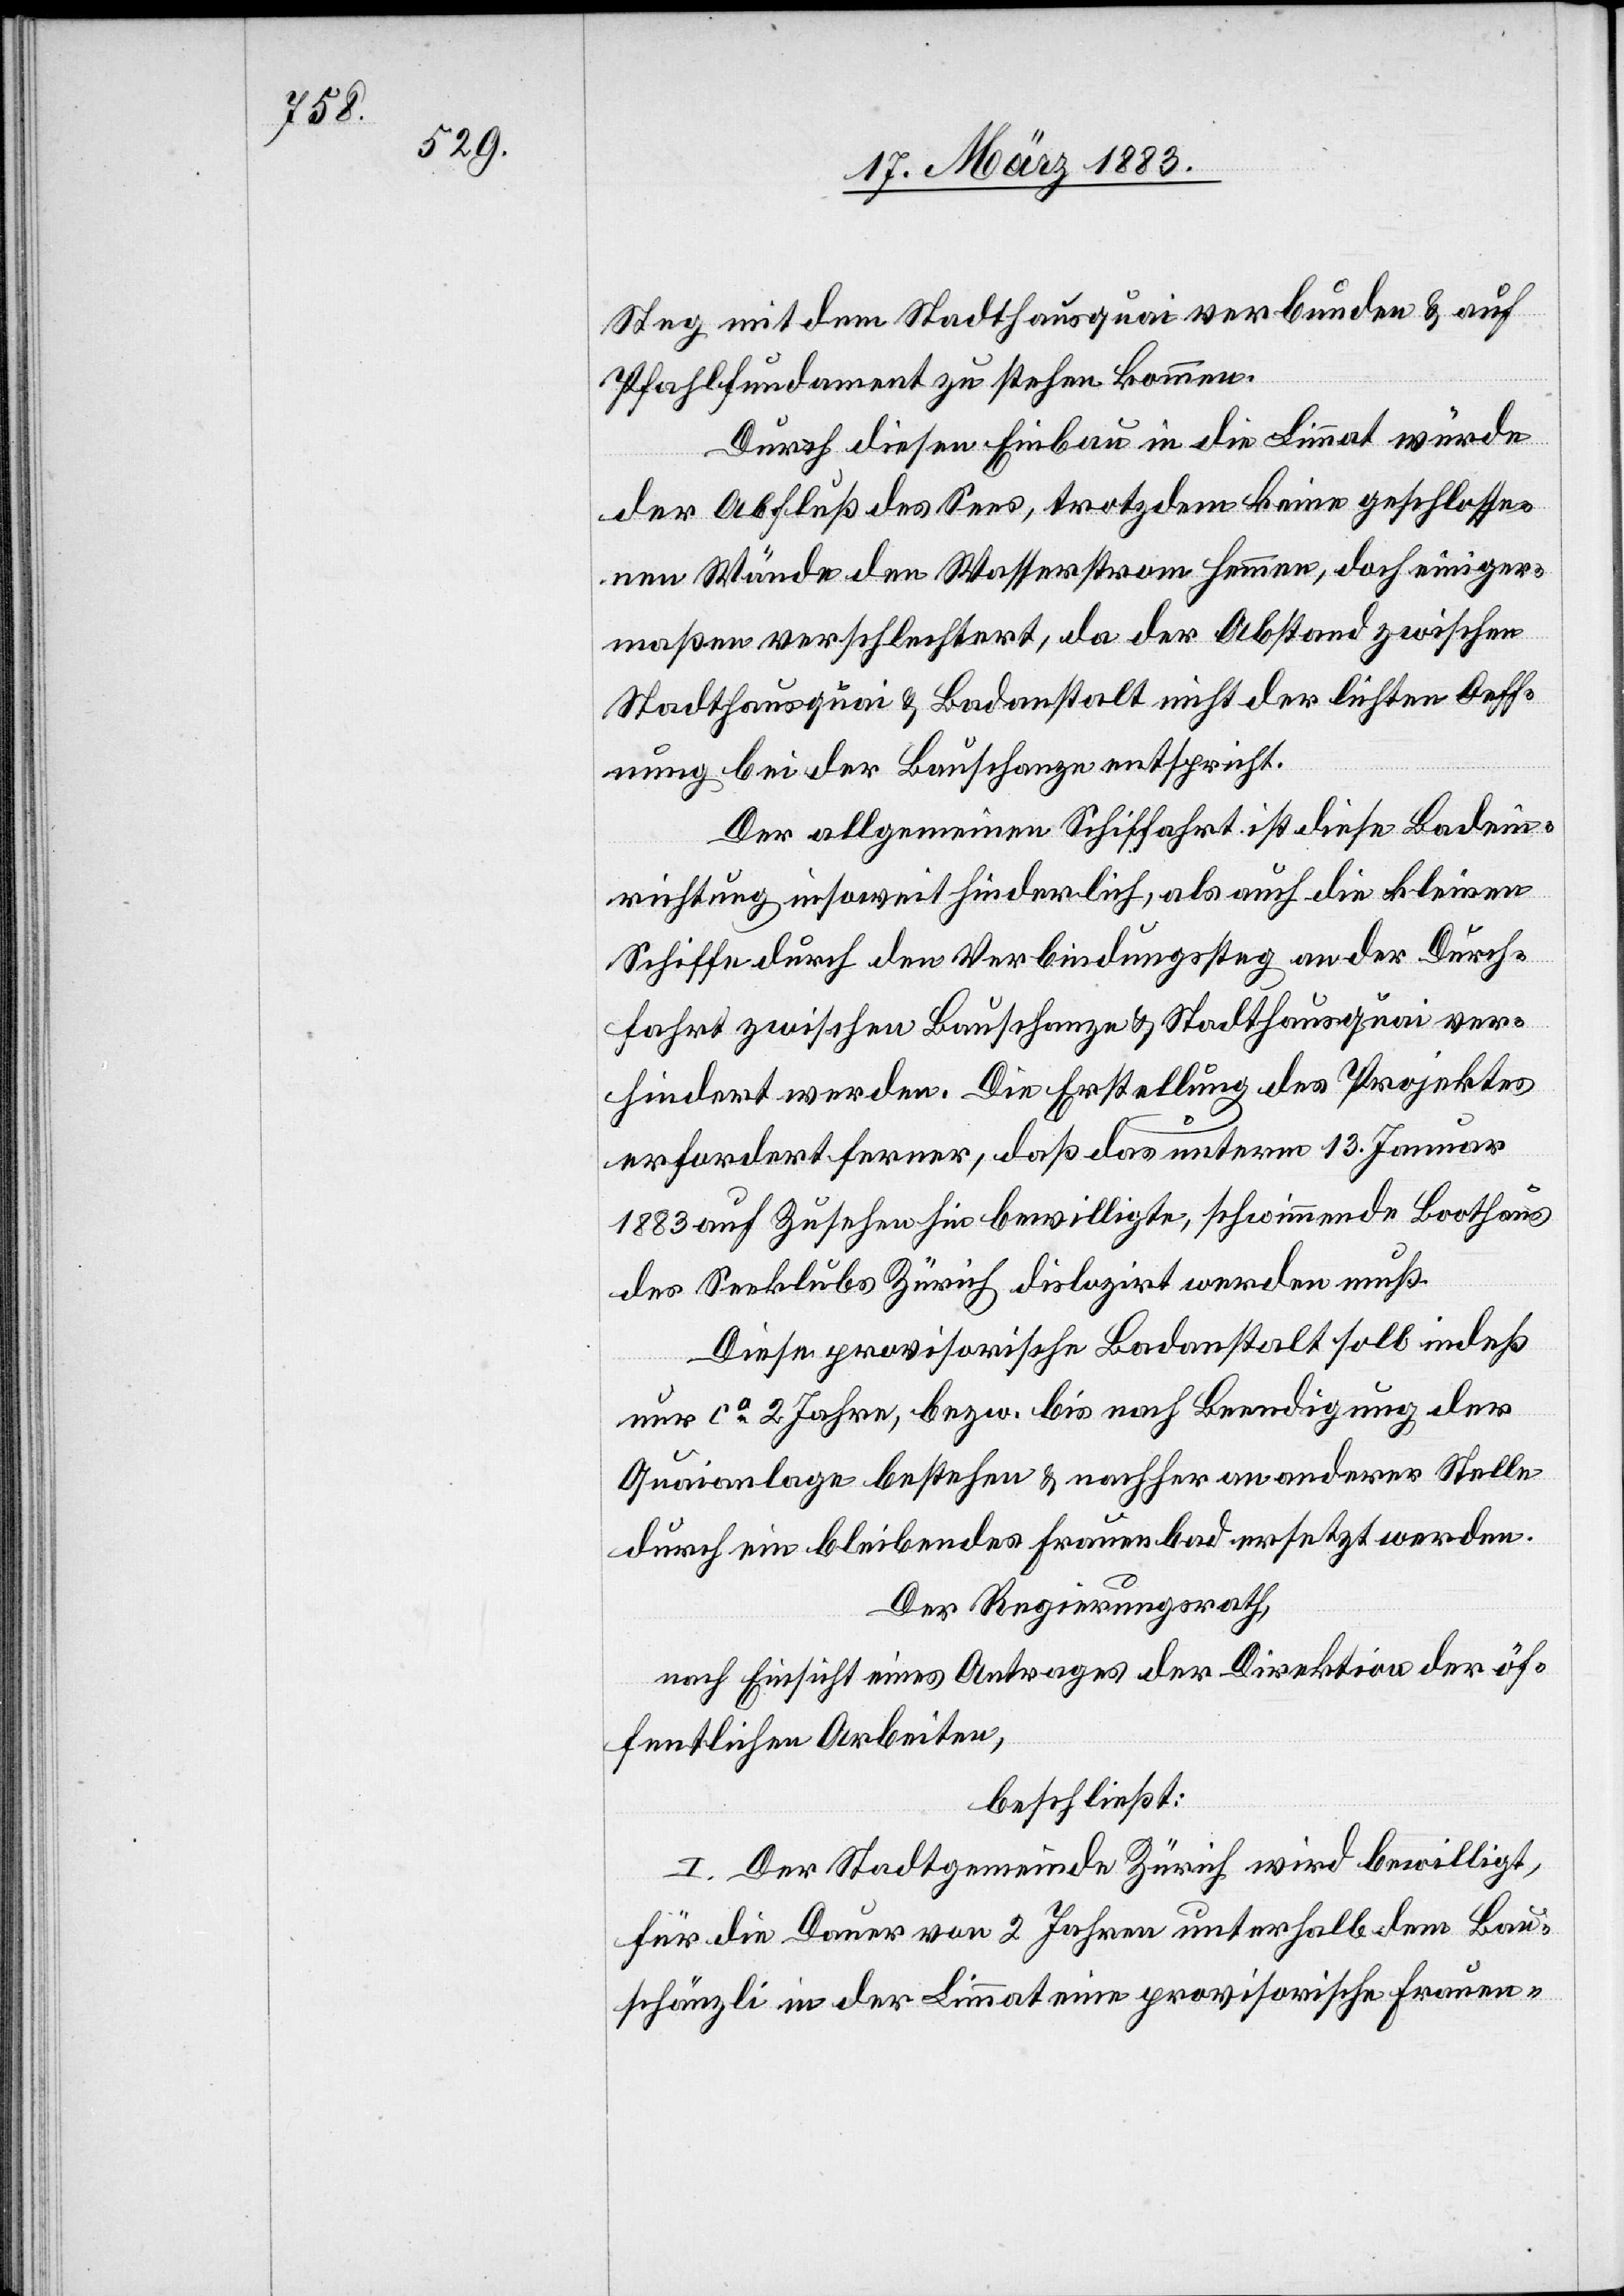
Steg mit dem Stadthausquai verbunden & auf
Pfahlfundament zu stehen kommen.
Durch diesen Einbau in die Limmat würde
der Abfluß des Sees, trotzdem keine geschlosse¬
nen Wände den Wasserstrom hemmen, doch einiger¬
maßen verschlechtert, da der Abstand zwischen
Stadthausquai & Badanstalt nicht der lichten Oeff¬
nung bei der Bauschanze entspricht.
Der allgemeinen Schiffahrt ist diese Badein¬
richtung insoweit hinderlich, als auch die kleinen
Schiffe durch den Verbindungssteg an der Durch¬
fahrt zwischen Bauschanze & Stadthausquai ver¬
hindert werden. Die Erstellung des Projektes
erfordert ferner, daß das unterm 13. Januar
1883 auf Zusehen hin bewilligte, schwimmende Boothaus
des Seeklubs Zürich dislozirt werden muß.
Diese provisorische Badanstalt soll indeß
nur ca 2 Jahre, bezw. bis nach Beendigung der
Quaianlage bestehen & nachher an anderer Stelle
durch ein bleibendes Frauenbad ersetzt werden.
Der Regierungsrath,
nach Einsicht eines Antrages der Direktion der öf¬
fentlichen Arbeiten,
beschließt:
I. Der Stadtgemeinde Zürich wird bewilligt,
für die Dauer von 2 Jahren unterhalb dem Bau¬
schänzli in der Limmat eine provisorische Frauen-